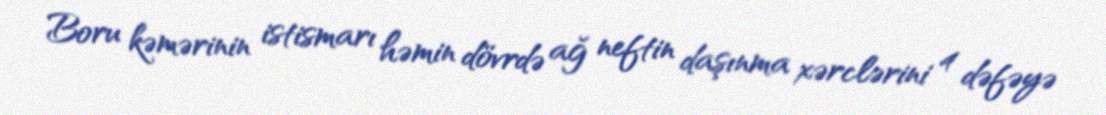
Boru kəmərinin istismarı həmin dövrdə ağ neftin daşınma xərclərini 4 dəfəyə